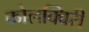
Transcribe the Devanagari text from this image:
कोलक्विरी